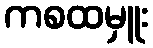
ကစထမှူး